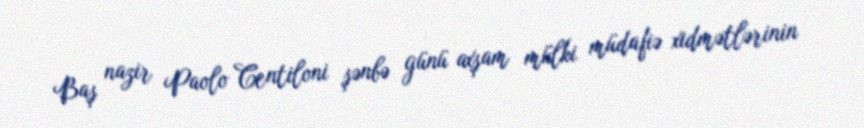
Baş nazir Paolo Centiloni şənbə günü axşam mülki müdafiə xidmətlərinin